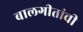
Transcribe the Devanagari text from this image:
बालगीतांची